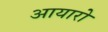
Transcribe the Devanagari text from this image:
आयारो